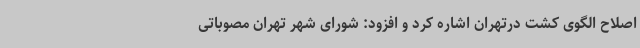
اصلاح الگوی کشت درتهران اشاره کرد و افزود: شورای شهر تهران مصوباتی